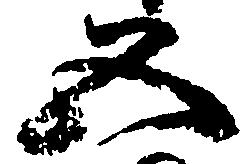
五